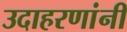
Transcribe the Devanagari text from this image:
उदाहरणांनी